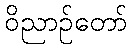
ဝိညာဉ်တော်